Scottish Leaving Certificate Examination, 1958
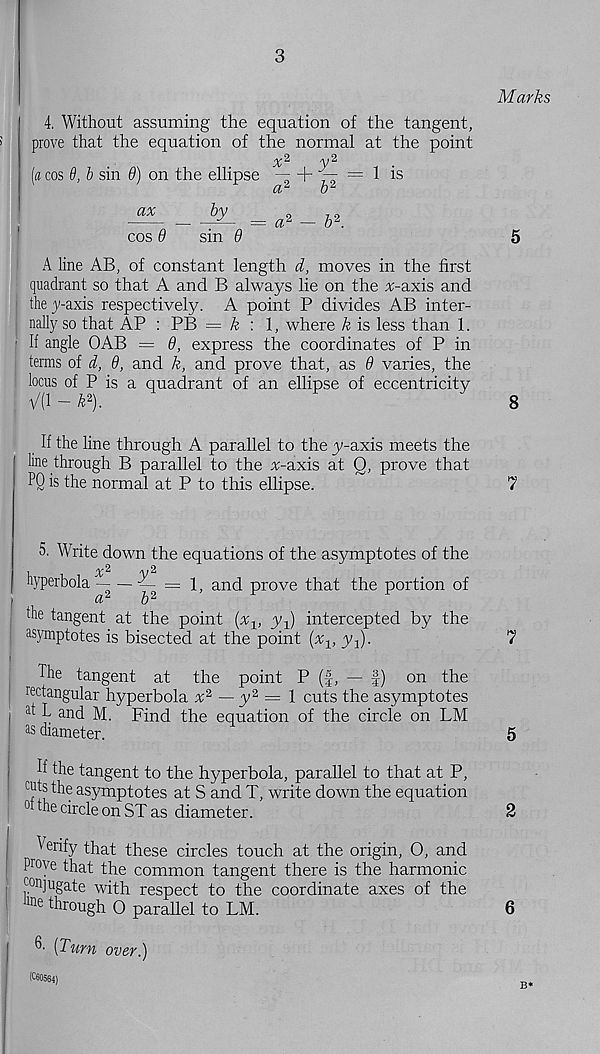
3
Marks
4. Without assuming the equation of the tangent,
prove that the equation of the normal at the point
"V ^
[a cos 6, b sin 9) on the ellipse — + "f- = 1 is
a 2
o 2
^ ^ = a* - }A
cos 0
sin 0
5
A line AB, of constant length d, moves in the first
quadrant so that A and B always lie on the a;-axis and
! the y-axis respectively. A point P divides AB inter-
nally so that AP : PB — k :
where k is less than 1.
If angle OAB = 6, express the coordinates of P in
terms of d, 9, and k, and prove that, as 9 varies, the
locus of P is a quadrant of an ellipse of eccentricity
; va - w).
'
s
If the line through A parallel to the y-axis meets the
line through B parallel to the %-axis at Q, prove that
PQ is the normal at P to this ellipse.
7
5. Write down the equations of the asymptotes of the
hyperbola ~
= 1, and prove that the portion of
the tangent at the point (x v yq) intercepted by the
: as y m ptotes is bisected at the point (^q, y-,).
The tangent at the point P (f, — f) on the
rectangular hyperbola x 2 — y 2 = 1 cuts the asymptotes
at T ai id M. Find the equation of the circle on LM
as diameter.
H the tangent to the hyperbola, parallel to that at P,
®s the asymptotes at S and T, write down the equation
0 fhe circle on ST as diameter.
Verify that these circles touch at the origin, O, and
Prove that the common tangent there is the harmonic
C( ®]ugate with respect to the coordinate axes of the
'
through 0 parallel to LM.
[Tum over.)
(C60564)
7
5
2
6
B*